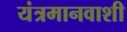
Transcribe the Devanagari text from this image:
यंत्रमानवाशी